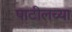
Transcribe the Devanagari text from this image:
पाटीलच्या